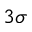
3 \sigma